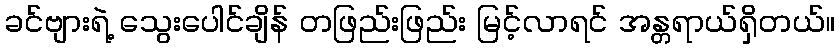
ခင်ဗျားရဲ့ သွေးပေါင်ချိန် တဖြည်းဖြည်း မြင့်လာရင် အန္တရာယ်ရှိတယ်။